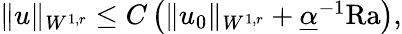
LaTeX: \begin{array}{r}{\| u\| _{W^{1,r}}\leq C\left(\| u_{0}\| _{W^{1,r}}+\underline{{\alpha}}^{-1}\mathrm{{Ra}}\right),}\end{array}